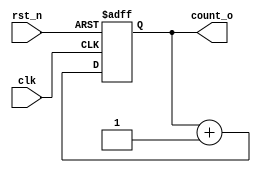
// This program was cloned from: https://github.com/mbaykenar/digital-logic-design
// License: Apache License 2.0

`timescale 1ns / 1ps
//////////////////////////////////////////////////////////////////////////////////
// Company: 
// Engineer: 
// 
// Design Name: 
// Module Name: counter_param
// Project Name: 
// Target Devices: 
// Tool Versions: 
// Description: 
// 
// Dependencies: 
// 
// Revision:
// Revision 0.01 - File Created
// Additional Comments:
// 
//////////////////////////////////////////////////////////////////////////////////


module counter_param
#(
parameter N = 8
)
(
input clk,
input rst_n,
output [N-1:0] count_o
);

reg [N-1:0] count;

always @(posedge clk, negedge rst_n) begin
    if (rst_n == 1'b0) begin
        count <= {N{1'b0}};
    end else begin
        count <= count + 1;
    end
end

assign count_o = count;

endmodule